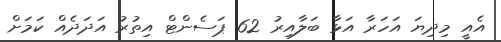
އެއީ މިދިޔަ އަހަރާ އަޅާ ބަލާއިރު 62 ޕަސެންޓް އިތުރު އަދަދެއް ކަމަށް